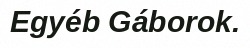
Egyéb Gáborok.